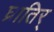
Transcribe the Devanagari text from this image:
घ्रातिर्